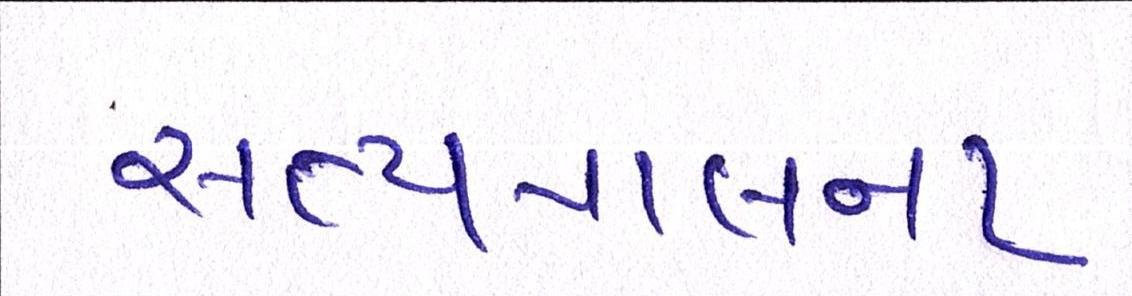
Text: સત્યપાલના